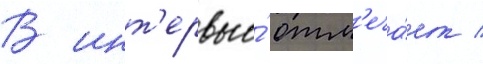
В инт'ервью́ отм'еча́ет /